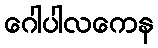
ဂေါပါလကေန